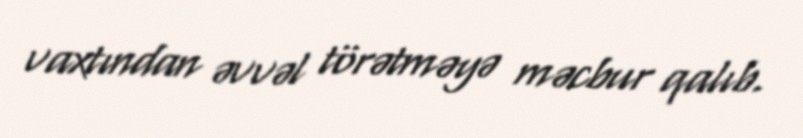
vaxtından əvvəl törətməyə məcbur qalıb.